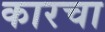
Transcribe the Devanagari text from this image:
कारचा